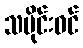
သမိုင်းဝင်